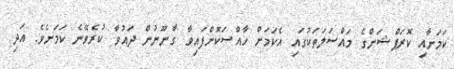
ކަމަށާއި ކޮރަޕްޝަންގެ މައްސަލަތަކުގައި އެކަމަށް ހާއްސަކޮށްފައިވާ ގާނޫނުން ދައުވާ ކުރެވޭނެ ކަމަށެވެ. އަދި